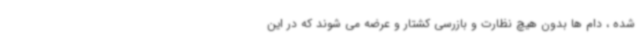
شده ، دام ها بدون هیچ نظارت و بازرسی کشتار و عرضه می شوند که در این